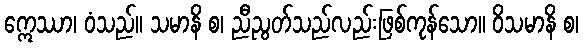
ဣေဿာ၊ ဝံသည်။ သမာနိ စ၊ ညီညွတ်သည်လည်းဖြစ်ကုန်သော။ ဝိသမာနိ စ၊